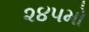
૨૪૫મો